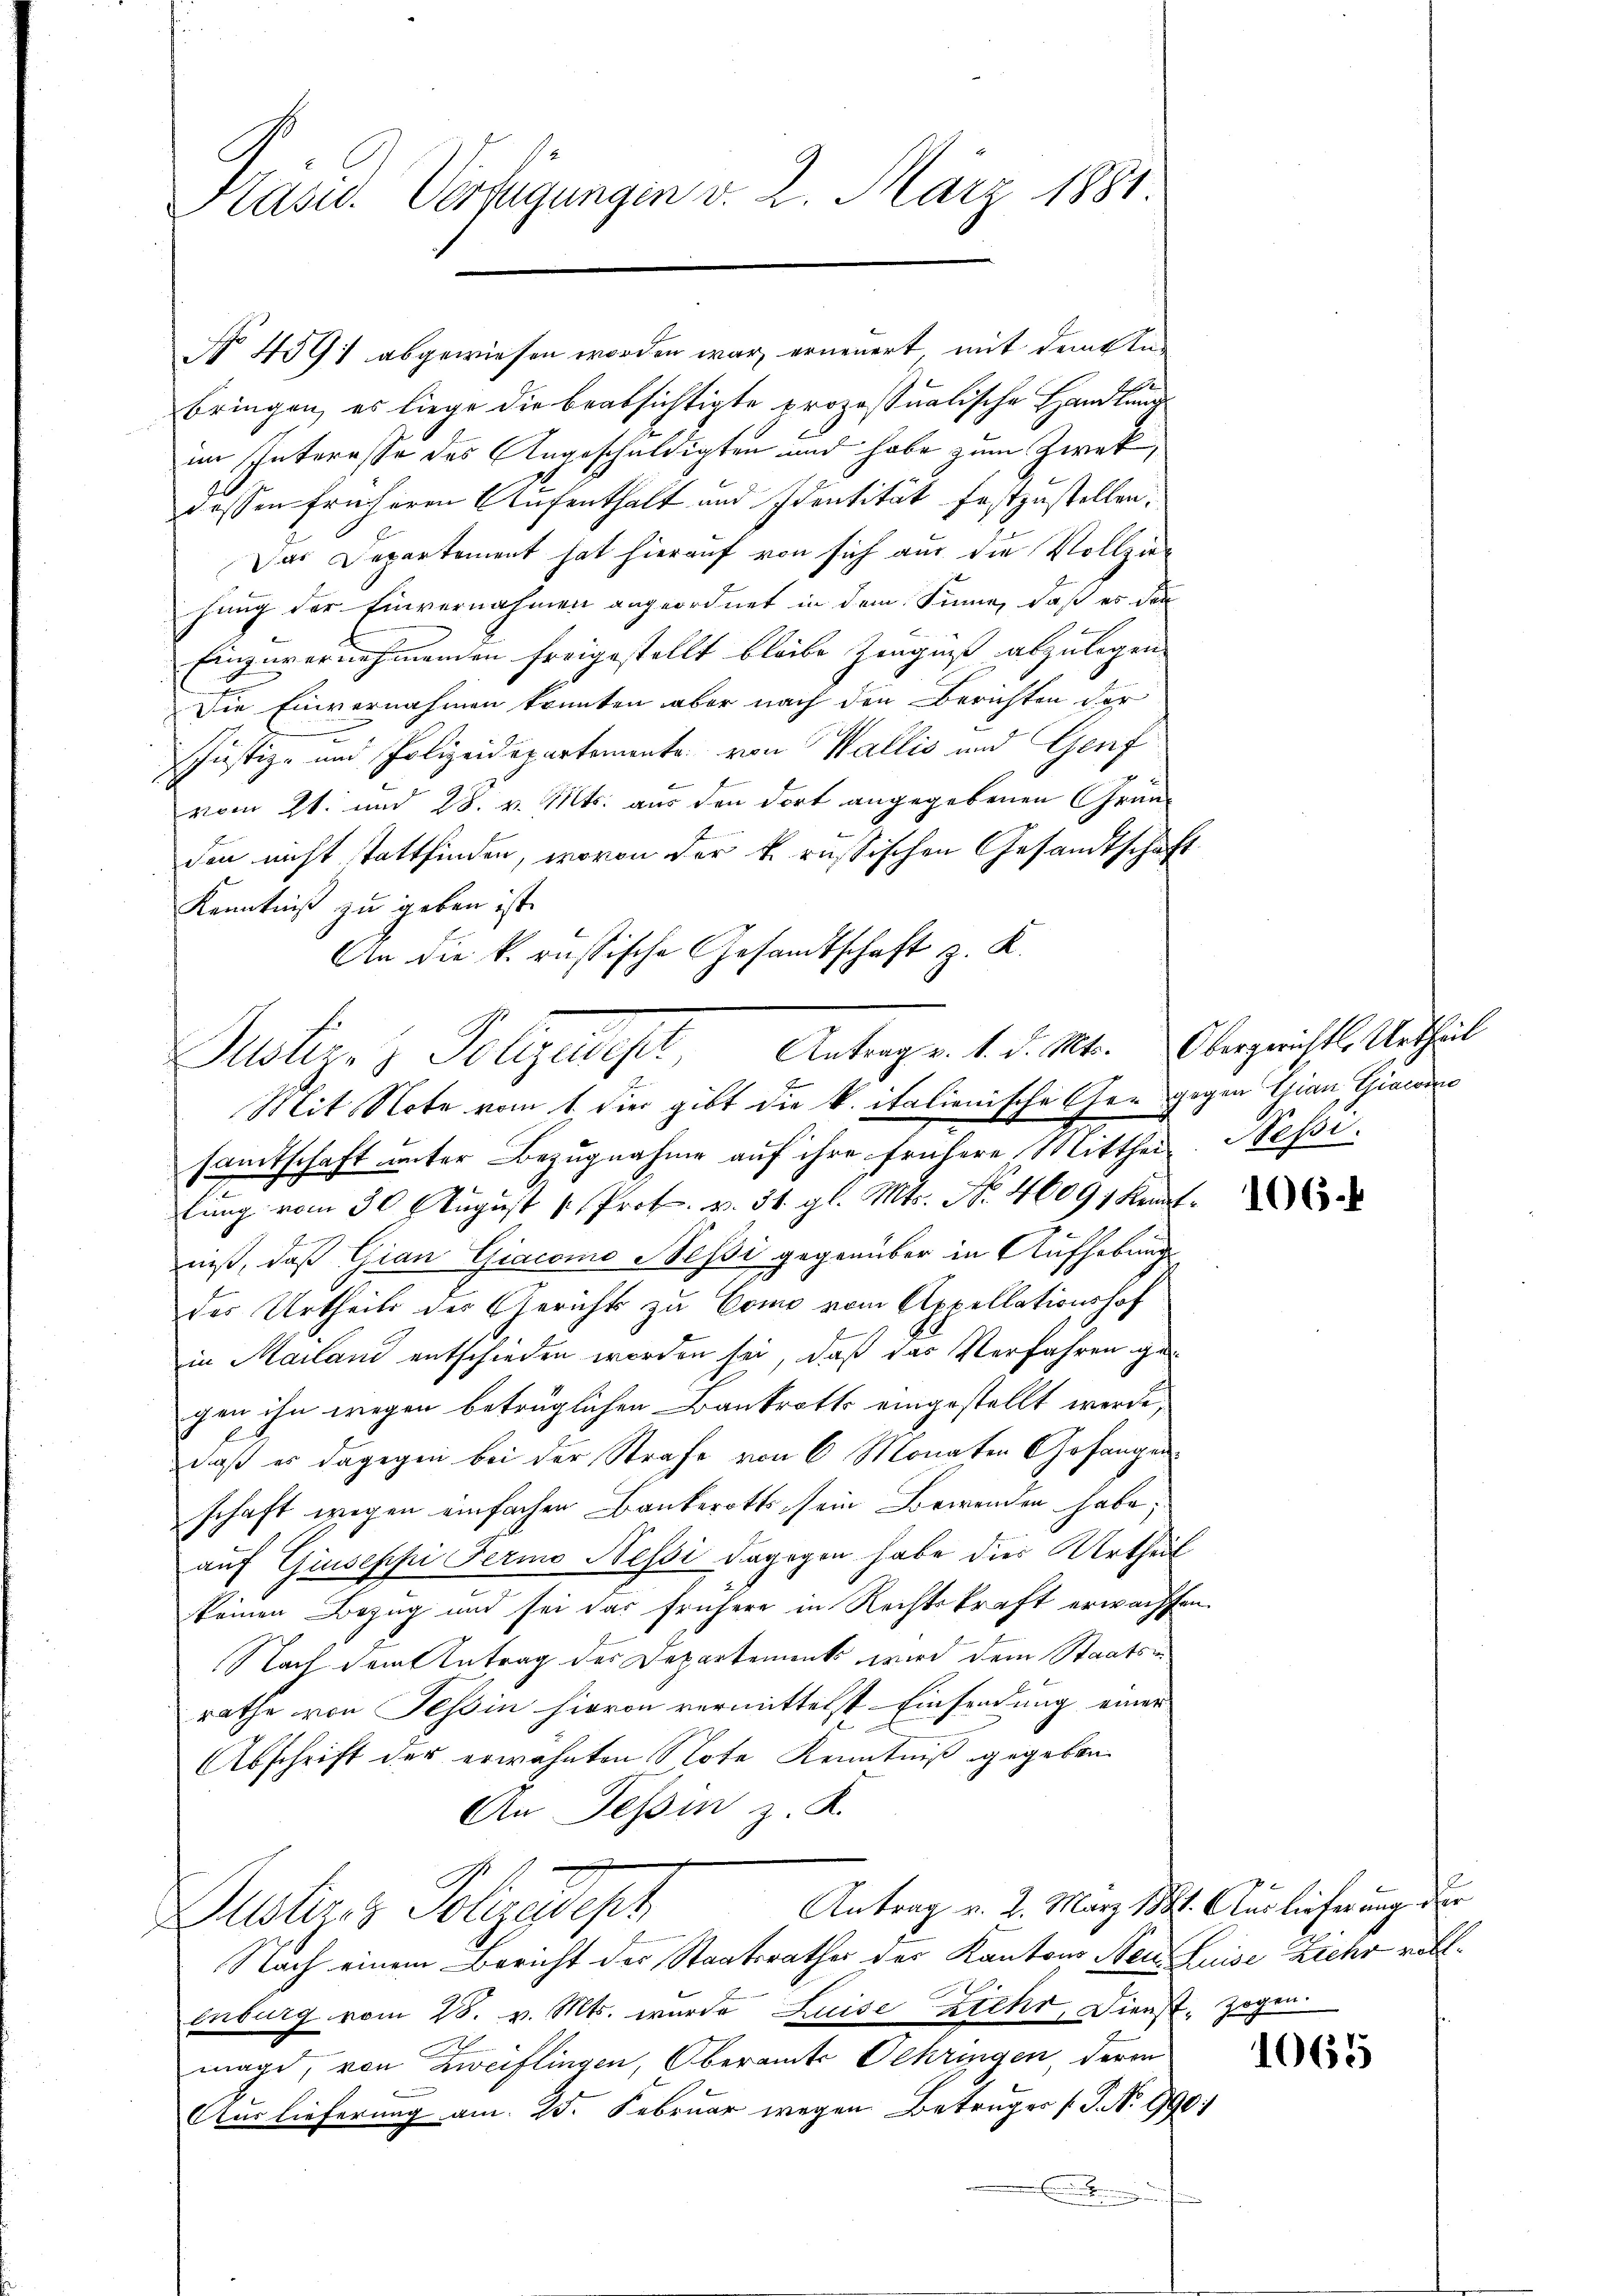
Pländ. Verfügungen v. 2. März 1881.

No 4591 abgewiesen worden war, erneuert, mit dem In-
bringen, es liege die beabsichtigte prozessualische Handlung
im Interesse des Angeschuldigten und habe zum Zwet,
dessen früheren Aufenthalt und Identität festzustellen.
Das Departement hat hierauf von sich aus die Vollziehung der Einvernahmen angeordnet in dem Sinne, daß es den
Einzuvernehmenden freigestellt bleibe Zeugniß abzulegen.
Die Einvernahmen könnten aber nach den Berichten der
Justiz- und Polizeidepartemente von Wallis und Genf
vom 21. und 28. v. Mts. aus den dort angegebenen Granden nicht stattfinden, wovon der k. russischen Gesandtschaft
Kenntniß zu geben ist.
An die k. russische Gesandtschaft z. K.

Patien z. Polizeist. Antragen 15. 10.
Mit Note vom 1. die gibt die k. italienische Er gegen Gian, Giacon
2

samtschaft unter Bezugnahme auf ihre frühere Mittheil Nessi
2
lung vom 30 t August u. Prof. v. 31. gl. Mts. No. 46091 Kenntniß, daß Gian Giacomo Nessi gegenüber in Aufhebung
des Urtheils der Gerichts zu Como vom Appellationshof
in Mailand entschieden worden sei, daß das Verfahren gegen ihn wegen betrüglichen Bankrotts eingestellt werde,
daß er dagegen bei der Strafe von 6 Monaten Gefangen.
schaft wegen einfachen Bankerotts sein Bewenden habe;
auf Giuseppi Fermo Nessi dagegen habe dies Urtheil
keinen Bezug und sei das frühere in Rechtskraft erwachten.
Nach dem Antrag der Departements wird dem Staatsm
rathe von Tessin hievon vermittelst Einsendung einer
Abschrift der erwähnten Note Kenntniß gegeben.
An Tessin z. K.
Antrag v. 2. März 1881. Auslieferung der
Lusteres Polizeideph
Nach einem Bericht des Staatsrathes des Kantons Neue Luise Ziehr voll¬
.
enburg vom 28. v. Mts. wurde Luise steht, Dienst, zogen.
mage, von Zweiflingen, Oberamts Schringen, deren
Auslieferung am 25. Februar wegen Betruger (T. No 990:
 rufen

Obergerichts Urtheil

106.

1065